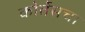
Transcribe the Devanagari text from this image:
कोर्तेसचा